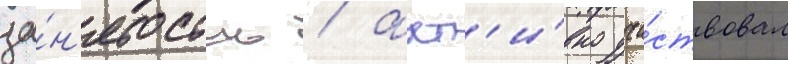
за́н'ятость / акт'и́вно уча́ствовал